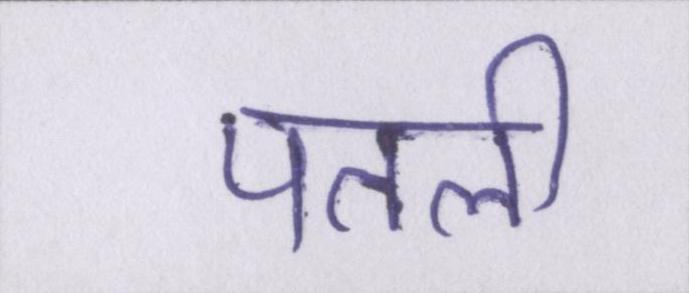
पतली